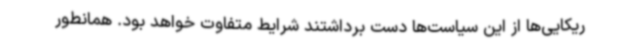
ریکایی‌ها از این سیاست‌ها دست برداشتند شرایط متفاوت خواهد بود. همانطور